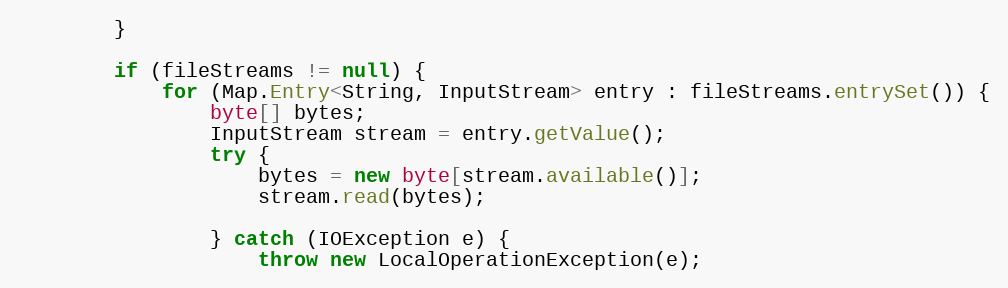
Language: Java
        }

        if (fileStreams != null) {
            for (Map.Entry<String, InputStream> entry : fileStreams.entrySet()) {
                byte[] bytes;
                InputStream stream = entry.getValue();
                try {
                    bytes = new byte[stream.available()];
                    stream.read(bytes);

                } catch (IOException e) {
                    throw new LocalOperationException(e);